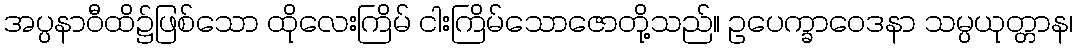
အပ္ပနာဝီထိ၌ဖြစ်သော ထိုလေးကြိမ် ငါးကြိမ်သောဇောတို့သည်။ ဥပေက္ခာဝေဒနာ သမ္ပယုတ္တာန၊